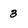
Character: 3